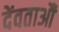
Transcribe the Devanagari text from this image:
देंवताऔं